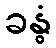
ခန္ဓံ